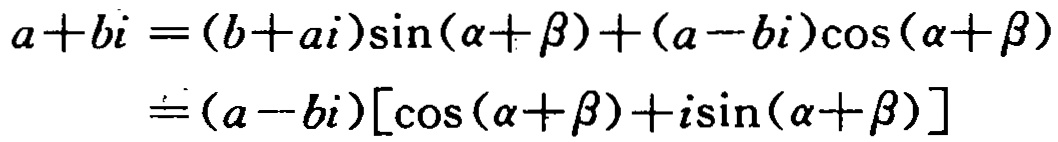
\[
\begin{align*}
a + bi&=(b + ai)\sin(\alpha+\beta)+(a - bi)\cos(\alpha+\beta)\\
&=(a - bi)[\cos(\alpha+\beta)+i\sin(\alpha+\beta)]
\end{align*}
\]